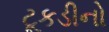
ટૂકડીનો